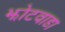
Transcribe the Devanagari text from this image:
झोटवाडा